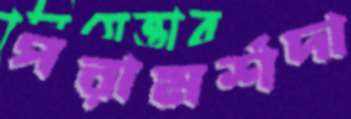
পরামর্শদা